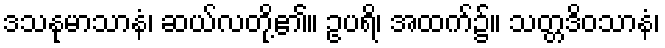
ဒသနုမာသာနံ၊ ဆယ်လတို့၏။ ဥပရိ၊ အထက်၌။ သတ္တဒိဝသာနံ၊